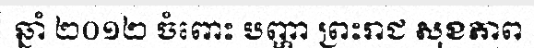
ឆ្នាំ ២០១២ ចំពោះ បញ្ហា ព្រះរាជ សុខភាព